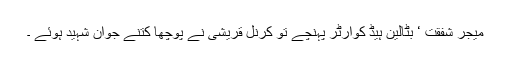
میجر شفقت ‘ بٹالین ہیڈ کوارٹر پہنچے تو کرنل قریشی نے پوچھا کتنے جوان شہید ہوئے ۔